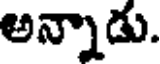
అన్నాడు.